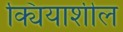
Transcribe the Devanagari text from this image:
क्यियाशील